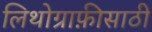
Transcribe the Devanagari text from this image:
लिथोग्राफ़ीसाठी